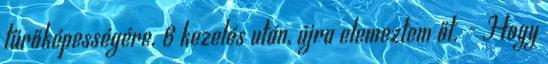
tűrőképességére. 6 kezelés után, újra elemeztem őt. - Hogy